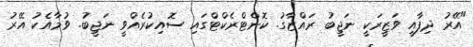
"އޭރު ދިފާއީ ވަޒީރަކީ ނަޖީބު ރައްޒާގު. ކޮންޓްރެކްޓްގައި ސޮއިކުރެއްވީ ނަޖީބު. ވުމާއެކު އޭރު